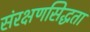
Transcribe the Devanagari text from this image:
संरक्षणसिद्धता